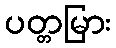
ပတ္တမြား